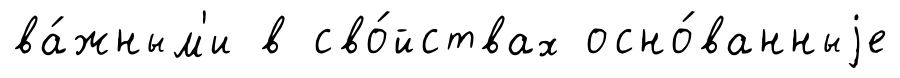
ва́жным'и в сво́йствах осно́ванныjе